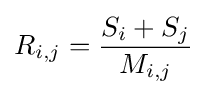
R_{i,j}={\frac {S_{i}+S_{j}}{M_{i,j}}}